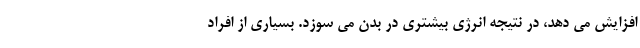
افزایش می دهد، در نتیجه انرژی بیشتری در بدن می سوزد. بسیاری از افراد